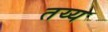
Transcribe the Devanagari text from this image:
तय्य